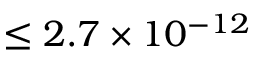
\leq 2 . 7 \times 1 0 ^ { - 1 2 }